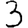
Digit: 3